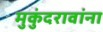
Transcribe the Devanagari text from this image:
मुकुंदरावांना